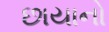
છાયાનો